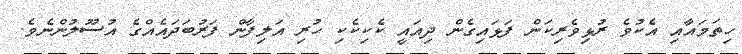
ހިތަމައާއި އެކުވެ ރުޅިވެރިކަން ފަޅައިގެން ދިއައީ ކެކިކެކި ހުރި އަލިފާން ފަރުބަދައެއްގެ އުސޫލުންނެވެ.